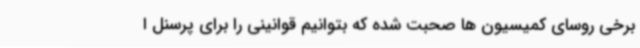
برخی روسای کمیسیون ها صحبت شده که بتوانیم قوانینی را برای پرسنل ا